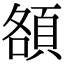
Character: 頟